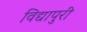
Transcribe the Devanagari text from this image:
विद्यापुरी